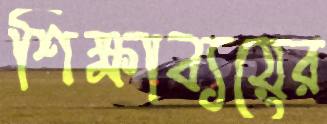
শিক্ষাব্যয়ের